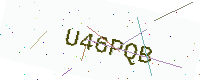
Text: U46PQB